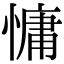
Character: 慵